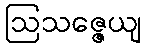
ဩသဇ္ဇေယျ